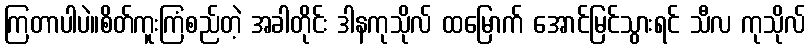
ကြတာပါပဲ။စိတ်ကူးကြံစည်တဲ့ အခါတိုင်း ဒါနကုသိုလ် ထမြောက် အောင်မြင်သွားရင် သီလ ကုသိုလ်